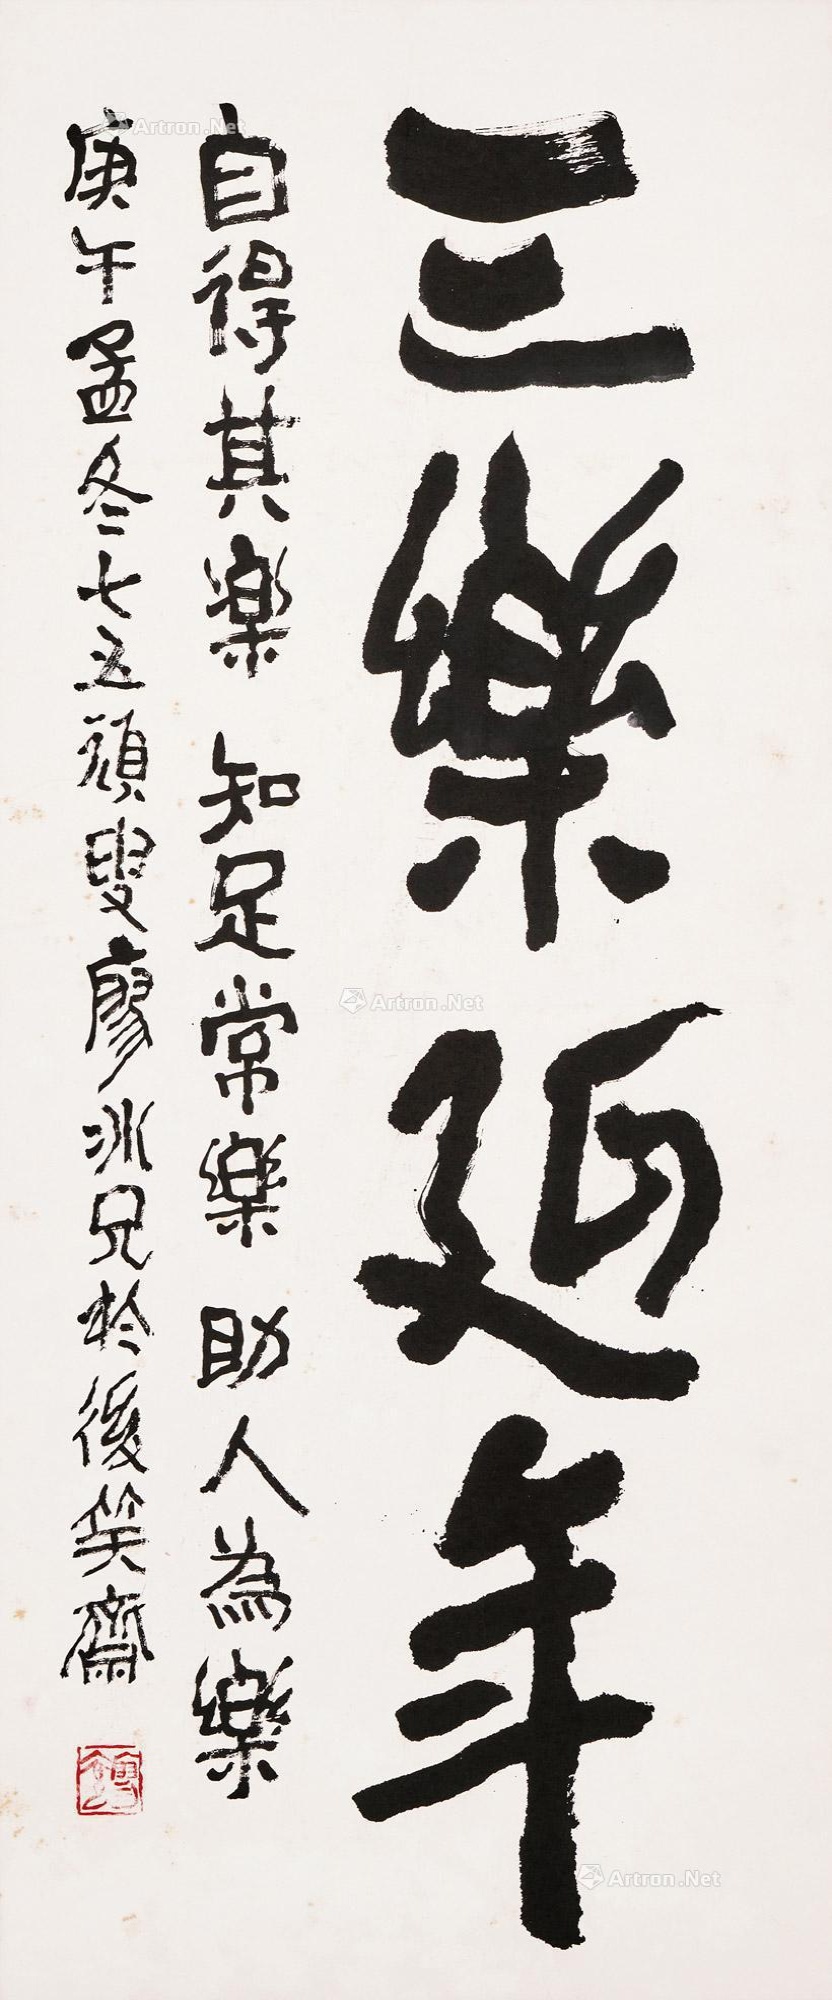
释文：三乐延年。自得其乐，知足常乐，助人为乐。庚午孟冬，七五顽叟廖冰兄于后笑斋。